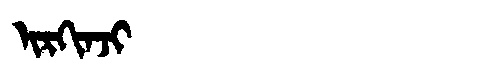
Manchu: ᡳᡵᡴᡳᠨᠵᡳ
Romanization: IRKINJI